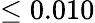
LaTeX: \leq 0.010